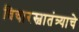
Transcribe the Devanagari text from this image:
विचारस्वातंत्र्याचे